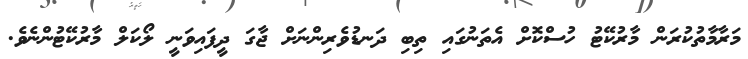
މަރާމާތުކުރަން މާރުކޭޓު ހުސްކޮށް އެތަނުގައި ތިބި ދަނޑުވެރިންނަށް ޖާގަ ދީފައިވަނީ ލޯކަލް މާރުކޭޓުންނެވެ.